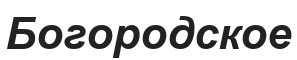
Богородское